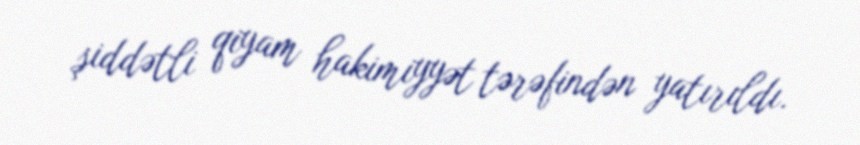
şiddətli qiyam hakimiyyət tərəfindən yatırıldı.